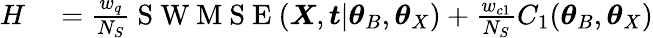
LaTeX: \begin{array}{rl}{H}&{{}=\frac{w_{q}}{N_{S}}\mathrm{~S~W~M~S~E~}(\boldsymbol{X},\boldsymbol{t}|\boldsymbol{\theta}_{B},\boldsymbol{\theta}_{X})+\frac{w_{c1}}{N_{S}}C_{1}(\boldsymbol{\theta}_{B},\boldsymbol{\theta}_{X})}\end{array}